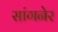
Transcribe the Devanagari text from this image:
सांगनेर